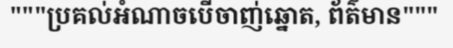
"""ប្រគល់អំណាចបើចាញ់ឆ្នោត, ព័ត៌មាន"""